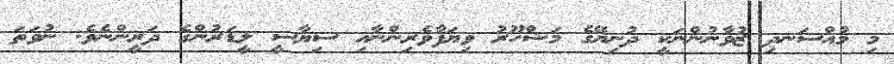
މި މުއްސަނދި ޒުވާނުންނަކީ ދުނިޔޭގެ މަޝްހޫރު ވިޔަފާވެރިންނާއި ސިޔާސީ ލީޑަރުންގެ ދަރީންނެވެ. ނުވަތަ